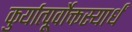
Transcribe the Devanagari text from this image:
कुर्यात्पूर्वोक्तस्यार्धं